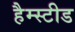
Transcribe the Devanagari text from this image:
हैम्स्टीड